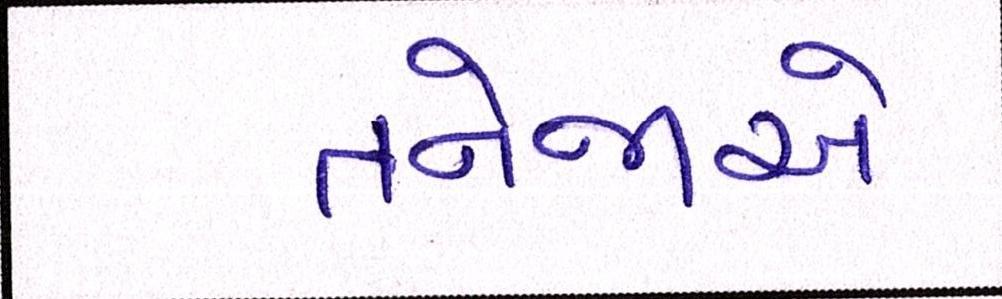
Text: તનેજાએ